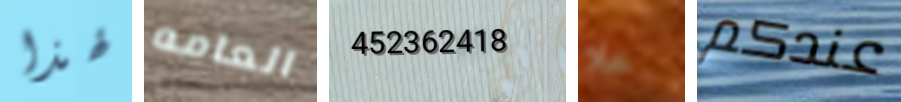
لهذا العامه 452362418 خلا عندكم